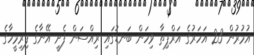
އުމުރުން 23 އަހަރުގެ އަރްޕިތާ ވިހަން ބަނޑުގައި ރިއްސަން ފެށީ އޭނާގެ ފިރިމީހާގެ